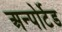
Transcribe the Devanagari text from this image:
अन्पोर्टेड